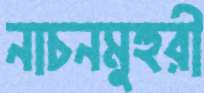
নাচনমুহুরী